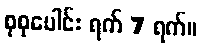
စုစုပေါင်း ရက် 7 ရက်။